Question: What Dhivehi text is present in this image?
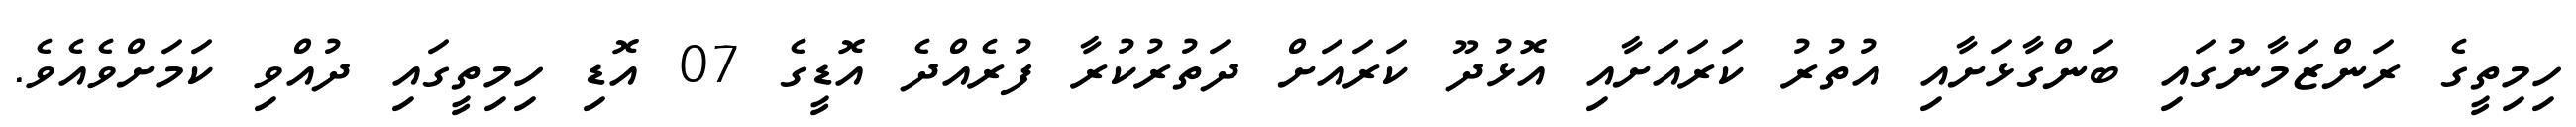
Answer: ހިމިތީގެ ރަންޒަމާނުގައި ބަންގާޅަށާއި އުތުރު ކަރައަށާއި އޮޅުދޫ ކަރައަށް ދަތުރުކުރާ ފުރެއްދެ އޮޑީގެ 07 އޮޑި ހިމިތީގައި ދުއްވި ކަމަށްވެއެވެ.